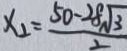
x _ { 2 } = \frac { 5 0 - 2 8 \sqrt { 3 } } { 2 }